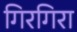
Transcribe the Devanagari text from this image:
गिरगिरा